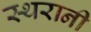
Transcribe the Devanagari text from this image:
स्थरानी